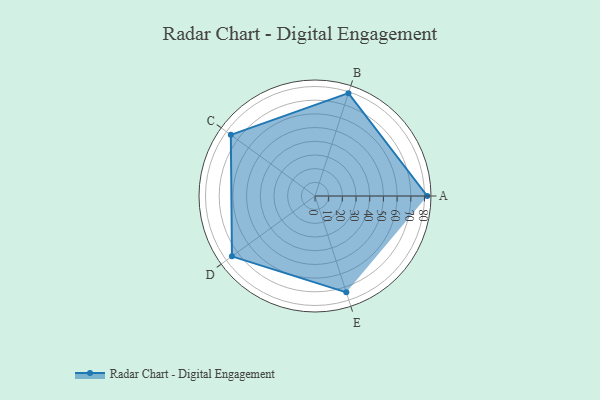
{"axis": {"x": "Skill", "y": "Score"}, "legend": ["Profile"], "data": [{"x": "A", "y": 82.0, "type": "Profile"}, {"x": "B", "y": 79.0, "type": "Profile"}, {"x": "C", "y": 76.0, "type": "Profile"}, {"x": "D", "y": 75.0, "type": "Profile"}, {"x": "E", "y": 74.0, "type": "Profile"}]}